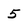
Character: 5